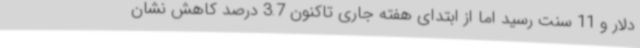
دلار و 11 سنت رسید اما از ابتدای هفته جاری تاکنون 3.7 درصد کاهش نشان